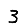
Digit: 3